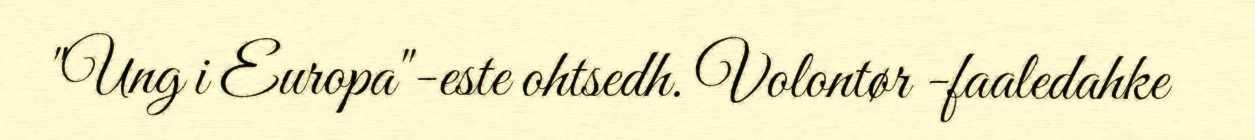
"Ung i Europa"-este ohtsedh. Volontør -faaledahke